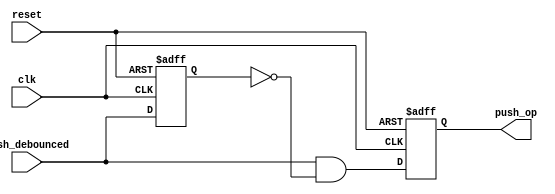
module OP(
    input clk,
    input reset,
    input push_debounced,
    output push_op
    );
    
reg push_op_next, push_debounced_delay, push_op;

always @*
begin
    push_op_next <= push_debounced & ~push_debounced_delay;
end

always @(posedge clk or negedge reset)
begin
    if(~reset)
    begin
        push_op <= 0;
        push_debounced_delay <= 0;
    end
    else
    begin
        push_op <= push_op_next;
        push_debounced_delay <= push_debounced;
    end
end
    
endmodule